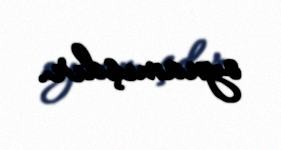
oynamışdır.